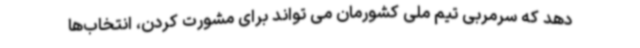
دهد که سرمربی تیم ملی کشورمان می تواند برای مشورت کردن، انتخاب‌ها